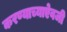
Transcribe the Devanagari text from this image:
करण्याच्याऐवजी